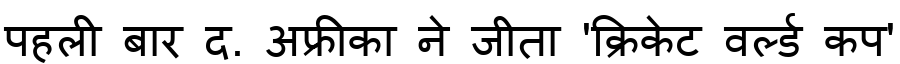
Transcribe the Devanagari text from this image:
पहली बार द. अफ्रीका ने जीता 'क्रिकेट वर्ल्ड कप'